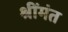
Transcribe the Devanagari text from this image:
श्रींमंत